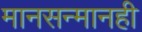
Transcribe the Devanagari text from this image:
मानसन्मानही